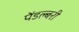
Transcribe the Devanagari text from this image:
पेंडल्बरी